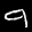
Label: 9